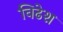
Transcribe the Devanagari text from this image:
विढेश